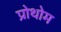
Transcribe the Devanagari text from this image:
प्रोथोम